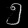
Digit: ၅